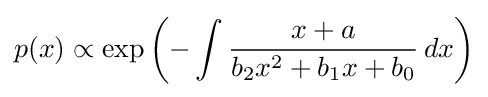
p(x)\propto \exp \left(-\int {\frac {x+a}{b_{2}x^{2}+b_{1}x+b_{0}}}\,dx\right)